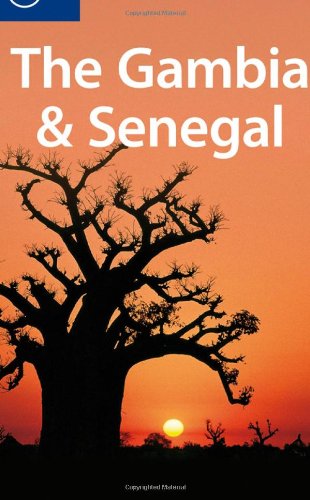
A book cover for Lonely Planet The Gambia & Senegal (Multi Country Travel Guide); Katharina Kane; Travel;